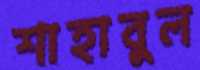
শাহাবুল